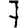
Digit: 7